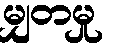
မျှတမှု